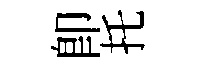
即托